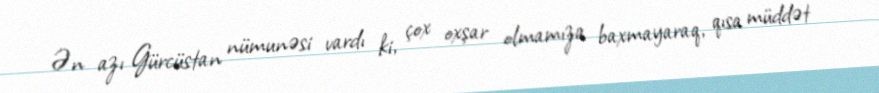
Ən azı Gürcüstan nümunəsi vardı ki, çox oxşar olmamıza baxmayaraq, qısa müddət